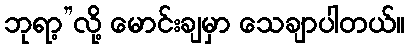
ဘုရာ့”လို့ မောင်းချမှာ သေချာပါတယ်။